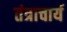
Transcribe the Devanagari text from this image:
तंत्राचार्य